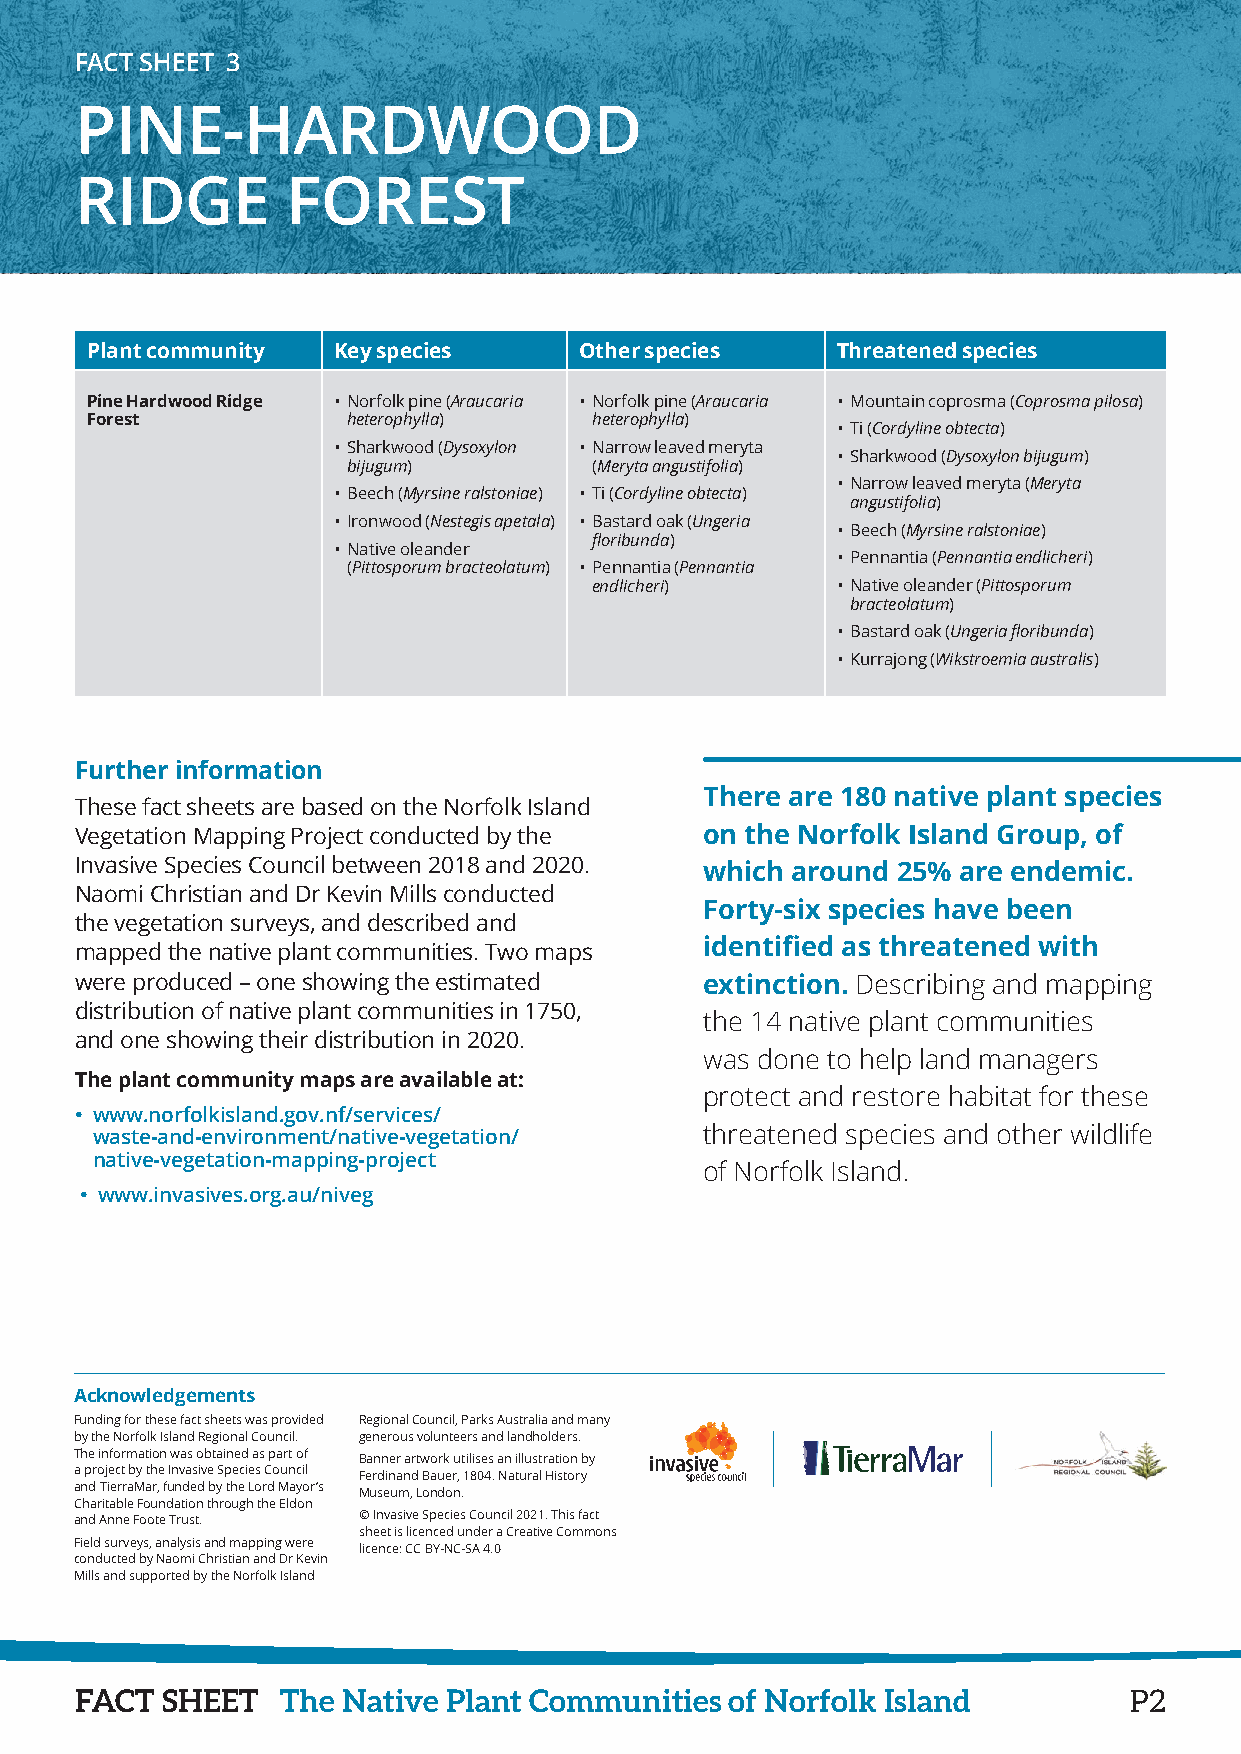
FACT SHEET 3
 PINE-HARDWOOD
 RIDGE         FOREST
 Plant community Key species     Other species    Threatened species
 Pine Hardwood Ridge • N orfolk pine (Araucaria • N orfolk pine (Araucaria • M ountain coprosma (Coprosma pilosa)
 Forest           heterophylla)   heterophylla)
 • T i (Cordyline obtecta)
 • S harkwood (Dysoxylon • N arrow leaved meryta
 • S harkwood (Dysoxylon bijugum)
 bijugum)        (Meryta angustifolia)
 • N arrow leaved meryta (Meryta
 • B eech (Myrsine ralstoniae) • T i (Cordyline obtecta)
 angustifolia)
 • I ronwood (Nestegis apetala) • B astard oak (Ungeria
 • B eech (Myrsine ralstoniae)
 floribunda)
 • N ative oleander
 • P ennantia (Pennantia endlicheri)
 (Pittosporum bracteolatum) • P ennantia (Pennantia
 endlicheri)     • N ative oleander (Pittosporum
 bracteolatum)
 • B astard oak (Ungeria floribunda)
 • K urrajong (Wikstroemia australis)
 Further information
 There are 180 native plant species
 These fact sheets are based on the Norfolk Island
 Vegetation Mapping Project conducted by the on the Norfolk Island Group, of
 Invasive Species Council between 2018 and 2020. which around 25% are endemic.
 Naomi Christian and Dr Kevin Mills conducted
 Forty-six species have been
 the vegetation surveys, and described and
 identified as threatened with
 mapped the native plant communities. Two maps
 were produced – one showing the estimated extinction. Describing and mapping
 distribution of native plant communities in 1750,
 the 14 native plant communities
 and one showing their distribution in 2020.
 was done to help land managers
 The plant community maps are available at:
 protect and restore habitat for these
 • w ww.norfolkisland.gov.nf/services/
 waste-and-environment/native-vegetation/ threatened species and other wildlife
 native-vegetation-mapping-project
 of Norfolk Island.
 • w ww.invasives.org.au/niveg
 Acknowledgements
 Funding for these fact sheets was provided Regional Council, Parks Australia and many
 by the Norfolk Island Regional Council. generous volunteers and landholders.
 The information was obtained as part of Banner artwork utilises an illustration by
 a project by the Invasive Species Council Ferdinand Bauer, 1804. Natural History
 and TierraMar, funded by the Lord Mayor’s Museum, London.
 Charitable Foundation through the Eldon
 and Anne Foote Trust. © Invasive Species Council 2021. This fact
 sheet is licenced under a Creative Commons
 Field surveys, analysis and mapping were licence: CC BY-NC-SA 4.0
 conducted by Naomi Christian and Dr Kevin
 Mills and supported by the Norfolk Island
 FACT  SHEET   The Native Plant Communities of Norfolk Island          P2